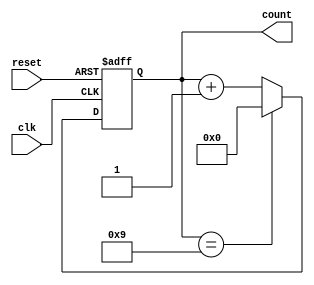
module bcd_counter (
    input wire clk,        // Clock signal
    input wire reset,      // Asynchronous reset signal
    output reg [3:0] count // 4-bit BCD output
);

// Always block triggered on the rising edge of the clock or when reset is active
always @(posedge clk or posedge reset) begin
    if (reset) begin
        // Asynchronous reset
        count <= 4'b0000; // Set count to 0
    end else begin
        if (count == 4'b1001) begin
            // If count is 9, reset to 0
            count <= 4'b0000;
        end else begin
            // Increment count
            count <= count + 1;
        end
    end
end

endmodule